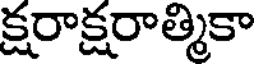
క్షరాక్షరాత్మికా